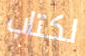
لكتاب